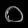
Digit: ၀